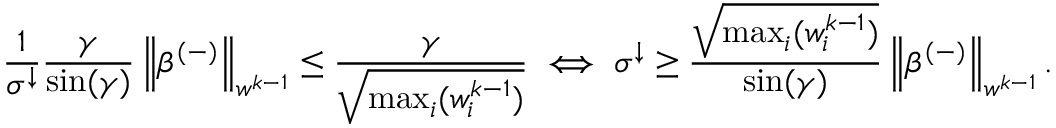
\frac { 1 } { \sigma ^ { \downarrow } } \frac { \gamma } { \sin ( \gamma ) } \left\lVert \beta ^ { ( - ) } \right\rVert _ { w ^ { k - 1 } } \leq \frac { \gamma } { \sqrt { \operatorname* { m a x } _ { i } ( w _ { i } ^ { k - 1 } ) } } \iff \sigma ^ { \downarrow } \geq \frac { \sqrt { \operatorname* { m a x } _ { i } ( w _ { i } ^ { k - 1 } ) } } { \sin ( \gamma ) } \left\lVert \beta ^ { ( - ) } \right\rVert _ { w ^ { k - 1 } } .